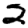
Digit: 2